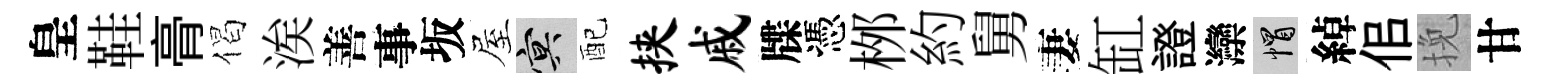
皇鞋𮌔偈涘善事坂屋冥配挟戚牒憑桞約舅妻缸證灤帽綽佀挽甘